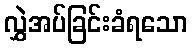
လွှဲအပ်ခြင်းခံရသော